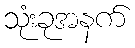
သုံးခုအနက်